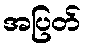
အပြတ်